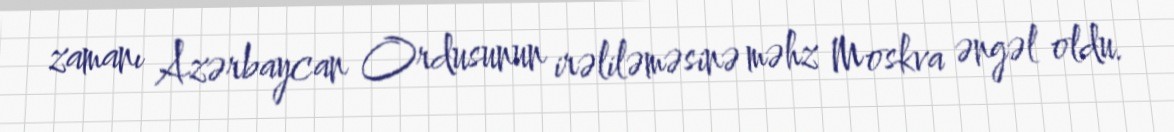
zamanı Azərbaycan Ordusunun irəliləməsinə məhz Moskva əngəl oldu.